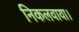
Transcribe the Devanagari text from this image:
निकलवाया।